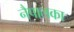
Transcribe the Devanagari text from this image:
नैपालका